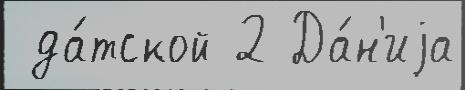
 да́тской 2 Да́н'иjа